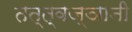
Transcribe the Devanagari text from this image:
तत्त्‍वज्ञानी